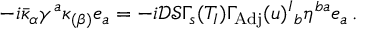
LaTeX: - i \bar { \kappa } _ { \alpha } \gamma ^ { a } \kappa _ { ( \beta ) } e _ { a } = - i \mathcal { D } \mathcal { S } \Gamma _ { s } ( T _ { I } ) \Gamma _ { \mathrm { A d j } } ( u ) ^ { I } { } _ { b } \eta ^ { b a } e _ { a } \, .